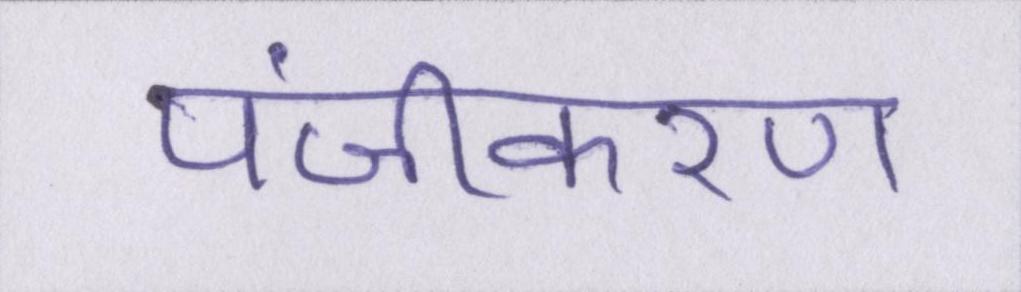
पंजीकरण